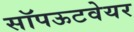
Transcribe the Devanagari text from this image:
सॉपऊटवेयर